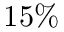
1 5 \%